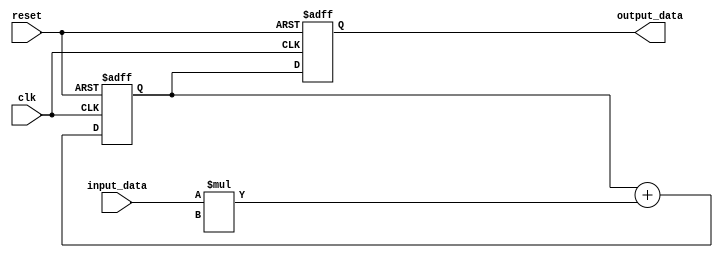
module weighted_moving_average_accumulator (
    input clk,
    input reset,
    input signed [15:0] input_data,
    output reg signed [31:0] output_data
);

reg signed [31:0] accumulator;

always @(posedge clk or posedge reset) begin
    if (reset) begin
        accumulator <= 0;
    end else begin
        accumulator <= accumulator + (input_data * weight);
    end
end

always @(posedge clk or posedge reset) begin
    if (reset) begin
        output_data <= 0;
    end else begin
        output_data <= accumulator;
    end
end

endmodule